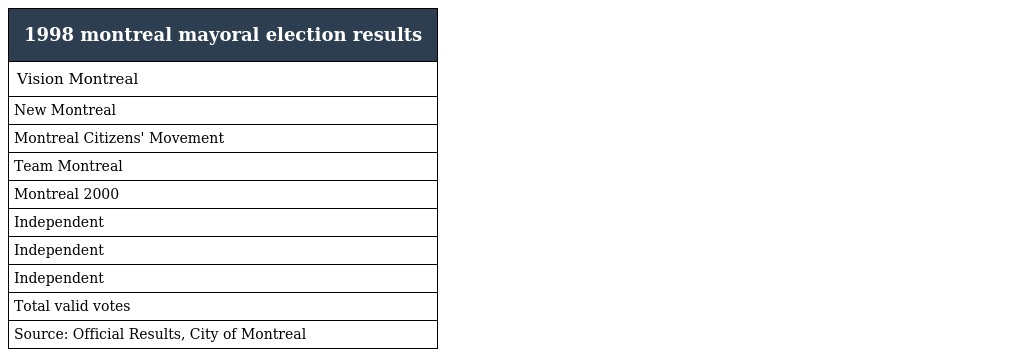
| 1998 montreal mayoral election results |
 | --- |
 | Vision Montreal |
 | New Montreal |
 | Montreal Citizens' Movement |
 | Team Montreal |
 | Montreal 2000 |
 | Independent |
 | Independent |
 | Independent |
 | Total valid votes |
 | Source: Official Results, City of Montreal |